Punjab Mental Hospital Lahore 1932-46 - 1932-1946
Year: 1932
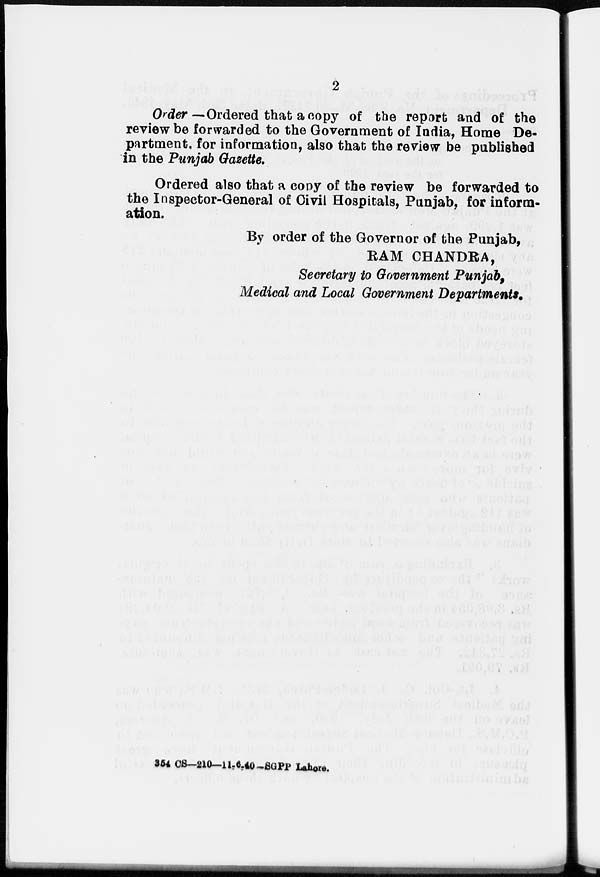
2
Order— Ordered that a copy of the report and of the
review be forwarded to the Government of India, Home De-
partment, for information, also that the review be published
in the Punjab Gazette.
Ordered also that a copy of the review be forwarded to
the Inspector-General of Civil Hospitals, Punjab, for inform-
ation.
By order of the Governor of the Punjab,
RAM CHANDRA,
Secretary to Government Punjab,
Medical and Local Government Departments.
354 CS—210—11-6-40-SGPP Lahore.